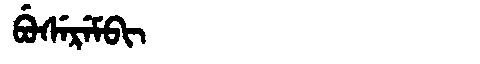
Manchu: ᠪᡠᠰᡝᡵᡝᠮᠪᡳ
Romanization: BUSEREMBI